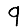
Digit: 9